Medical and sanitary report of the native army of Madras for the year
Year: 1877
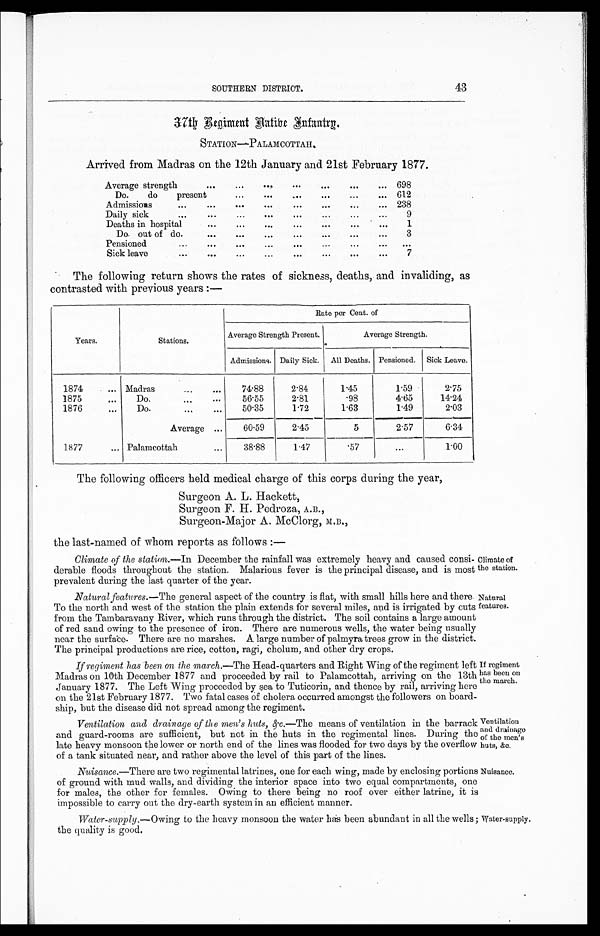
43
SOUTHERN DISTRICT.
3 7 t h R e g i m e n t N a t i v e I n f a n t r y .
STATION—PALAMCOTTAH.
Arrived from Madras on the 12th January and 21st February 1877.
Average strength
... ... ...
...
...
... ... 698
Do.
do
present
...
... ... ... ... ...
612
Admissions
... ... ... ... ... ...
...
... 238
Daily sick
...
...
...
... ...
...
...
...
9
Deaths in hospital
... ... ... ... ... ... ...
1
Do. out of do.
... ... ... ... ... ...
...
3
Pensioned
... ... ... ... ... ... ... ... ...
Sick leave
...
... ... ... ... ... ... ...
7
•
The following return shows the rates of sickness, deaths, and invaliding, as
contrasted with previous years :—
Years.
Stations.
Rate per Cent. of
Average Strength Present.
Average Strength.
Admissions. Daily Sick. All Deaths. Pensioned. Sick Leave.
1874
... Madras
...
...
74.88
2.84
1.45
1.59
2.75
1875
...
Do.
...
...
56.55
2.81
.98
4.65
14.24
1876
...
Do.
... ...
50.35
1.72
1.63
1 . 4 9
2.03
Average ...
60.59
2.45
5
2.57
6.34
1877
... Palamcottah
...
38.88
1.47
.57
...
1.00
The following officers held medical charge of this corps during the year,
Surgeon A. L. Hackett,
Surgeon F. H. Pedroza, A.B.,
Sur geon- Maj or A. McCl or g, M. B. ,
the last-named of whom reports as follows :—
Climate of the station.—In December the rainfall was extremely heavy and caused consi-
derable floods throughout the station. Malarious fever is the principal disease, and is most
prevalent during the last quarter of the year.
Climate of
the station.
Natural features.— The general aspect of the country is flat, with small hills here and there.
To the north and west of the station the plain extends for several miles, and is irrigated by cuts
from the Tambaravany River, which runs through the district. The soil contains a large amount
of red sand owing to the presence of iron. There are numerous wells, the water being usually
near the surface. There are no marshes. A large number of palmyra trees grow in the district.
The principal productions are rice, cotton, ragi, cholum, and other dry crops.
Natural
features.
If regiment has been on the march.— The Head-quarters and Right Wing of the regiment left
Madras on 10th December 1877 and proceeded by rail to Palamcottah, arriving on the 13th
January 1877. The Left Wing proceeded by sea to Tuticorin, and thence by rail, arriving here
on the 21st February 1877. Two fatal cases of cholera occurred amongst the followers on board-
ship, but the disease did not spread among the regiment.
If regiment
has been on
the march.
Ventilation
and drainage
of the men's
huts, &c.
Ventilation and drainage of the men's huts, &c.—T h e
m e a n s o f v e n t i l a t i o n i n t h e b a r r a c k
and guard-rooms are sufficient, but not in the huts in the regimental lines. During the
late heavy monsoon the lower or north end of the lines was flooded for two days by the overflow
of a tank situated near, and rather above the level of this part of the lines.
Nuisance.—There are two regimental latrines, one for each wing, made by enclosing portions
of ground with mud walls, and dividing the interior space into two equal compartments, one
for males, the other for females. Owing to there being no roof over either latrine, it is
impossible to carry out the dry-earth system in an efficient manner.
Nuisance.
Water-supply .— Owing to the heavy monsoon the water has been abundant in all the wells ;
the quality is good.
Water-supply.